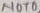
Text: NOT0